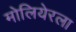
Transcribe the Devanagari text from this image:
मोलियेरला